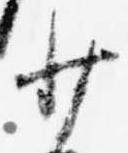
少